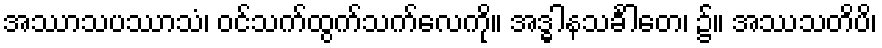
အဿာသပဿာသံ၊ ဝင်သက်ထွက်သက်လေကို။ အဒ္ဓါနသင်္ခါတေ၊ ၌။ အဿသတိပိ၊